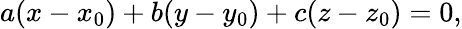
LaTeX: a(x-x_{0})+b(y-y_{0})+c(z-z_{0})=0,